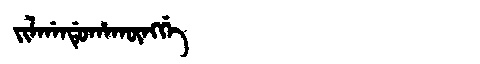
Manchu: ᠵᡳᠯᡤᠠᠨᡩᡠᡥᠠᡴᡡᠩᡤᡝ
Romanization: JILGANDUHAKŪNGGE